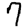
Digit: 7